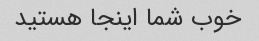
خوب شما اینجا هستید